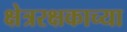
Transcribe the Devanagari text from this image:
क्षेत्ररक्षकाच्या